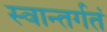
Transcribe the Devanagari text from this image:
स्वान्तर्गतं